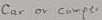
Text: Car or camper